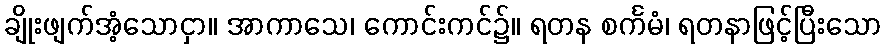
ချိုးဖျက်အံ့သောငှာ။ အာကာသေ၊ ကောင်းကင်၌။ ရတန စင်္ကမံ၊ ရတနာဖြင့်ပြီးသော